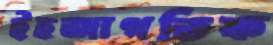
ইহজাগতিক